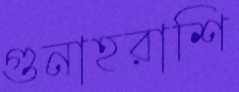
গুনাহরাশি